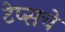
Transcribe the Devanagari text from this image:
टेप्सचे